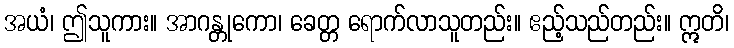
အယံ၊ ဤသူကား။ အာဂန္တုကော၊ ခေတ္တ ရောက်လာသူတည်း။ ဧည့်သည်တည်း။ ဣတိ၊